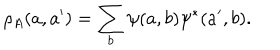
LaTeX: \rho _ { A } ( a , a ^ { \prime } ) = \sum _ { b } \psi ( a , b ) \psi ^ { * } ( a ^ { \prime } , b ) .